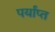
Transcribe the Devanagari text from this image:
पर्यांप्त